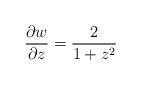
LaTeX: \begin{align*}\frac{\partial w}{\partial z}=\frac{2}{1+z^{2}}\end{align*}